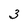
Character: 3